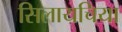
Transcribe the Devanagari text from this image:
सिलायचिया